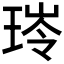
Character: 𮴟